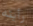
رأيته